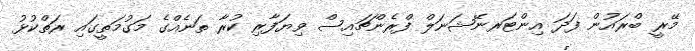
މޭރީ ބްރައުން ފަދަ އިންޓަރނޭޝަނަލް ފްރެންޗައިސް ވިޔަފާރި ކުރާ ތަނެއްގެ މަގުމަތީގައި ރަތްކުޅު